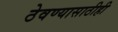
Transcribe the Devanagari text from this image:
ठेवण्यासाठीही